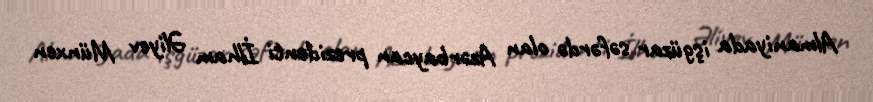
Almaniyada işgüzar səfərdə olan Azərbaycan prezidenti İlham Əliyev Münxen